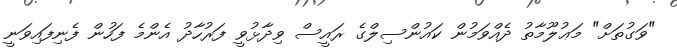
"ވަގުތަށް" މަޢުލޫމާތު ދެއްވަމުން ކައުންސިލްގެ ރައީސް ވިދާޅުވީ ފަރުހާދު އެންމެ ފަހުން ފެނިފައިވަނީ